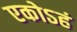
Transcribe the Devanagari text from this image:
एकोऽहं